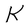
Character: K